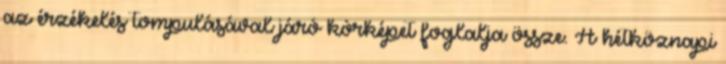
az érzékelés tompulásával járó kórképet foglalja össze. A hétköznapi